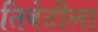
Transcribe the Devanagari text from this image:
तिबेटीला